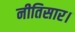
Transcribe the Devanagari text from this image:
नीतिसार।